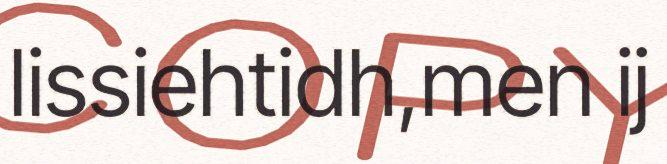
lissiehtidh,men ij